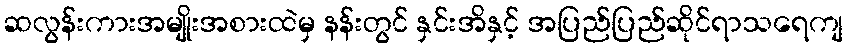
ဆလွန်းကားအမျိုးအစားထဲမှ နန်းတွင် နှင်းအိနှင့် အပြည်ပြည်ဆိုင်ရာသရေကျ